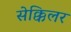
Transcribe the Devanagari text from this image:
सेक्किलर